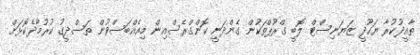
ތާއީދުކުރާ ޔަހޫދީ ޒަޔަނިސްޓް ލޮބީ ގްރޫޕްތަކުން ގެންދަނީ ކޮންގްރެސްއިން މިއެއްބަސްވުން ތަސްދީގު ކުރުމާދެކޮޅަށް